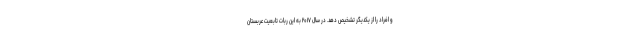
و افراد را از یکدیگر تشخیص دهد. در سال ۲۰۱۷ به این ربات تابعیت عربستان